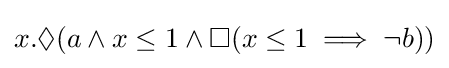
x.\Diamond (a\land x\leq 1\land \Box (x\leq 1\implies \neg b))